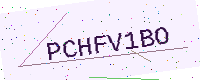
Text: PCHFV1BO